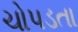
ચોપડતા